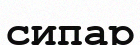
сипар